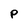
Character: P